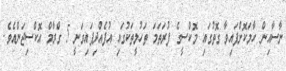
ނާސާއިން ހާމަކޮށްފައިވާ ގޮތުގައި މޮކްސީގެ ފުރަތަމަ ތަހުލީތަކުގައި އުފެއްދިފައިވަނީ 5 ގްރާމް އޮކްސިޖަންއެވެ.